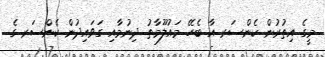
މީގެ އިތުރުން ކެންސަރ އާ ބެހޭ މައުލޫމާތު ދިނުމާއި ގަވައިދުން ކެންސަރ ގެ